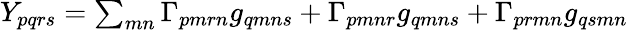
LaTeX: \begin{array}{r}{Y_{pqrs}=\sum_{mn}\Gamma_{pmrn}g_{qmns}+\Gamma_{pmnr}g_{qmns}+\Gamma_{prmn}g_{qsmn}}\end{array}